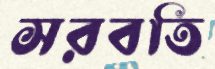
সরবতি